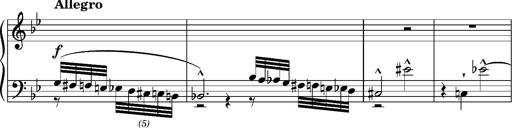
Title: Album-Leaf 'Fugue Chromatique'
Composer: Franz Liszt
Key: G minor